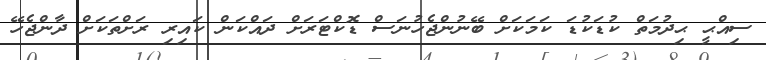
ސިއްޙީ ޙިދުމަތް ކުޑަކުޑަ ކަމަކަަށް ބޭނުންޖެހުނަސް ޑޮކްޓަރަށް ދައްކަން ކައިރި ރަށްތަކަށް ދާންޖެހޭ